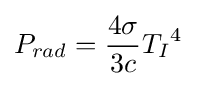
P_{rad}={\frac {4\sigma }{3c}}{T_{I}}^{4}